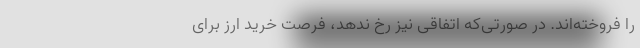
را فروخته‌اند. در صورتی‌که اتفاقی نیز رخ ندهد،‌ فرصت خرید ارز برای